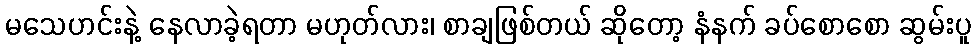
မသေဟင်းနဲ့ နေလာခဲ့ရတာ မဟုတ်လား၊ စာချဖြစ်တယ် ဆိုတော့ နံနက် ခပ်စောစော ဆွမ်းပူ